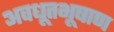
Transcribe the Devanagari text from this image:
अवधूतभूषाण